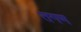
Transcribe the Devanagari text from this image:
तगण